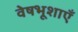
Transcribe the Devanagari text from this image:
वेषभूशाएँ